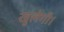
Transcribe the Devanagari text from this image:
खुलेगी।